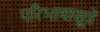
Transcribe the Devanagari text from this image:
परिभाषासूत्रे